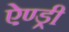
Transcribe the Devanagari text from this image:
ऐण्ड्री